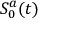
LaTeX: S _ { 0 } ^ { a } ( t )